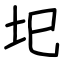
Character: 圯